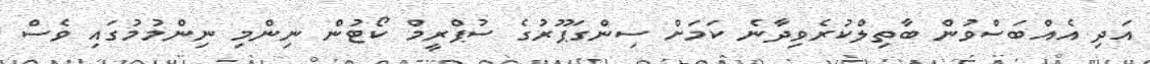
އަދި އެއްބަސްވުން ބާތިލްކުރެވިދާނެ ކަމަށް ސިންގަޕޫރުގެ ސުޕްރީމް ކޯޓުން ނިންމި ނިންމުމުގައި ވެސް